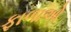
ફાળાઓ